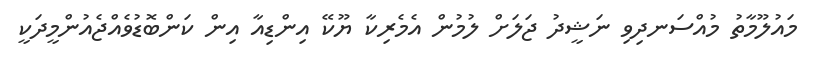
މައުލޫމާތު މުއްސަނދިވި ނަޝީދު ޖަލަށް ލުމުން އެމެރިކާ ޔޫކޭ އިންޑިއާ އިން ކަންބޮޑުވެއްޖެއުންމީދަކީ